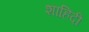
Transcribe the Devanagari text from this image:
शाहिदी